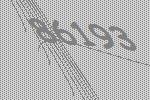
86193